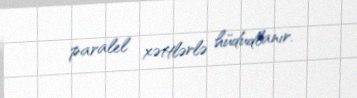
paralel xəttlərlə hüdudlanır.